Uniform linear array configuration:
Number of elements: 64
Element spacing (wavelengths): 0.5
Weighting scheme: hamming
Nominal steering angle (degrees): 30
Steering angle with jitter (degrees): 28.142
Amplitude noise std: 0.05
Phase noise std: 0.05

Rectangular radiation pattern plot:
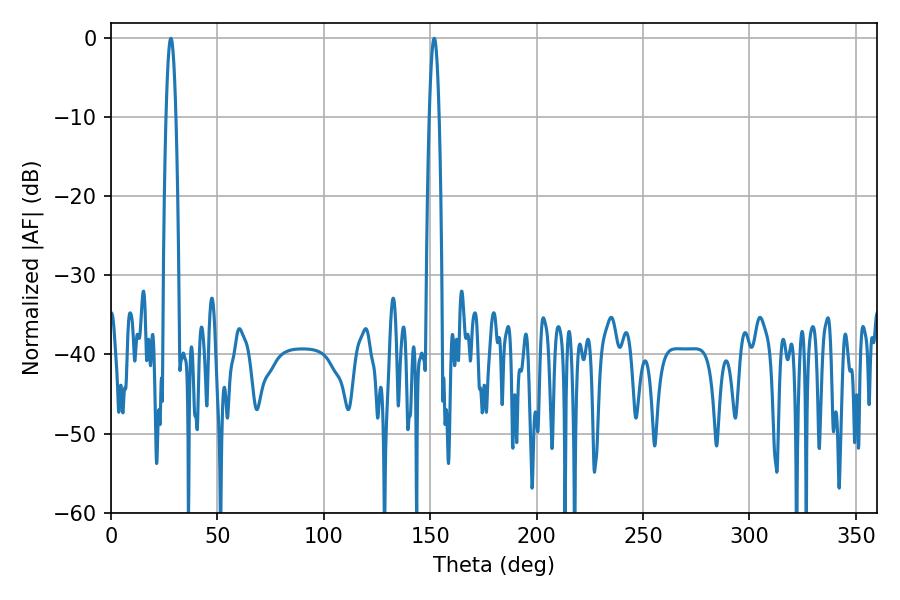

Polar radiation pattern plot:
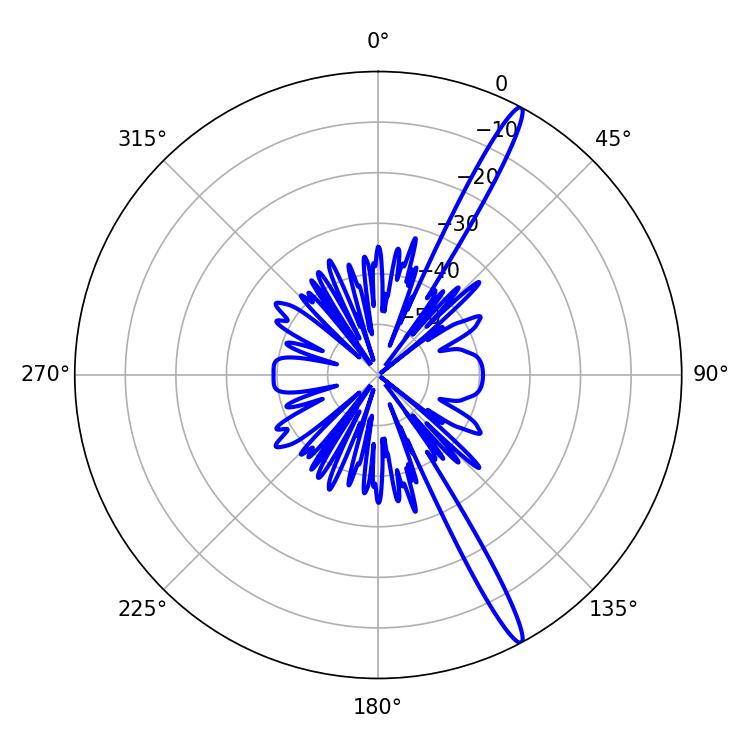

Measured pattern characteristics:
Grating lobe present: FALSE
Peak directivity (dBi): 16.393
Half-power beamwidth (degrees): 2.52
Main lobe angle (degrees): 28.08